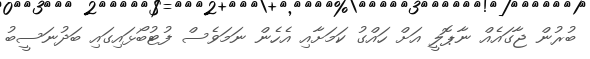
ބުރުން ޖާގައެއް ނާޕޮލީ އަށް ހައްގު ކަމަށާއި އެހެން ނަމަވެސް ފުޓުބޯޅައިގައި ބަދުނަސީބު